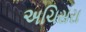
અચિસરા